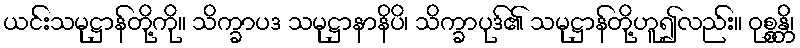
ယင်းသမုဋ္ဌာန်တို့ကို။ သိက္ခာပဒ သမုဋ္ဌာနာနိပိ၊ သိက္ခာပုဒ်၏ သမုဋ္ဌာန်တို့ဟူ၍လည်း။ ဝုစ္စန္တိ၊